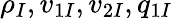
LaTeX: \rho_{I},v_{1I},v_{2I},q_{1I}